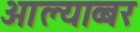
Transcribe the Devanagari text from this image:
आल्याव्बर